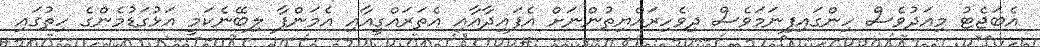
އެބަޖެޓު މިއަދުވެސް ހިންގައިފިނަމަވެސް ދިވެހިރައްޔިތުންނަށް އެފައިދާއާއި އެތަރައްގީއާއި އެމަންފާ ލިބޭނެކަމީ އަޅުގަޑުމެންގެ ހިތުގައި